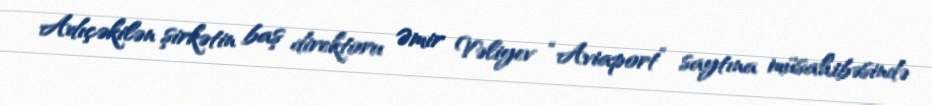
Adıçəkilən şirkətin baş direktoru Əmir Vəliyev “Aviaport” saytına müsahibəsində